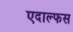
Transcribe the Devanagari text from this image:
एदाल्फस